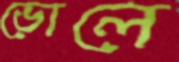
ভোলে